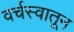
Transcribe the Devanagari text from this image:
वर्चस्वातून